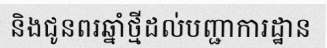
និងជូនពរឆ្នាំថ្មីដល់បញ្ជាការដ្ឋាន